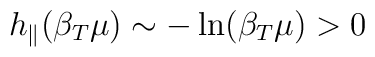
h_{\parallel}(\beta_T\mu)\sim -\ln(\beta_T\mu)>0